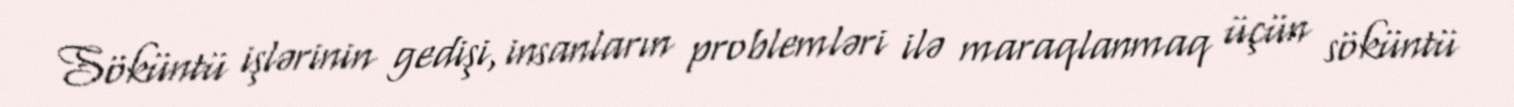
Söküntü işlərinin gedişi, insanların problemləri ilə maraqlanmaq üçün söküntü